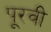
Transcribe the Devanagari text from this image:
पूरवी